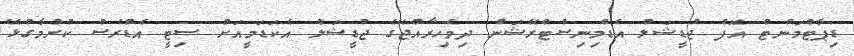
ޑިޕާޓްމަންޓް އޮފް ޖުޑީޝަލް އެޑްމިނިސްޓްރޭޝަން ދިވެހިރާއްޖޭގެ ޖުޑީޝަލް އެކަޑަމީއަށް ސިޓީ އެޑްރެސް ކުރުމާގުޅޭ